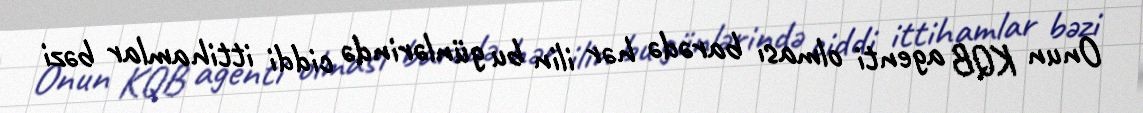
Onun KQB agenti olması barədə hər ilin bu günlərində ciddi ittihamlar bəzi